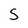
Character: S